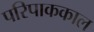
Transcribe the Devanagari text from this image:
परिपाककाल